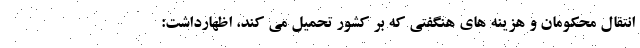
انتقال محکومان و هزینه های هنگفتی که بر کشور تحمیل می کند، اظهارداشت: